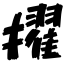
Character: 擢